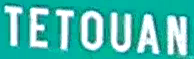
TETOUAN